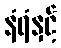
နံရံနှင့်